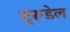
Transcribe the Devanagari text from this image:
ट्रूडेल